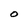
Character: O